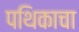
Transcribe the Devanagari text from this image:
पथिकाचा